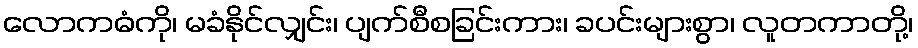
လောကဓံကို၊ မခံနိုင်လျှင်း၊ ပျက်စီစခြင်းကား၊ ခပင်းများစွာ၊ လူတကာတို့၊